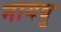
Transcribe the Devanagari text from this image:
नायबु